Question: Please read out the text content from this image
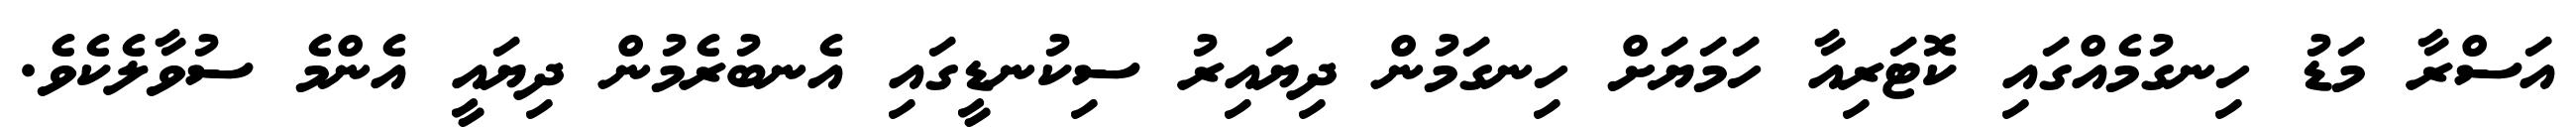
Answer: އަސްރާ މަޑު ހިނގުމެއްގައި ކޮޓަރިއާ ހަމަޔަށް ހިނގަމުން ދިޔައިރު ސިކުނޑީގައި އެނބުރެމުން ދިޔައީ އެންމެ ސުވާލެކެވެ.